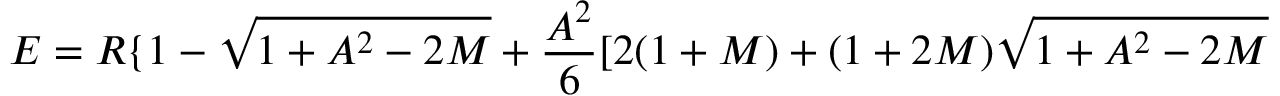
E = R \{ 1 - \sqrt { 1 + A ^ { 2 } - 2 M } + \frac { A ^ { 2 } } { 6 } [ 2 ( 1 + M ) + ( 1 + 2 M ) \sqrt { 1 + A ^ { 2 } - 2 M }